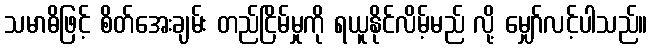
သမာဓိဖြင့် စိတ်အေးချမ်း တည်ငြိမ်မှုကို ရယူနိုင်လိမ့်မည် လို့ မျှော်လင့်ပါသည်။